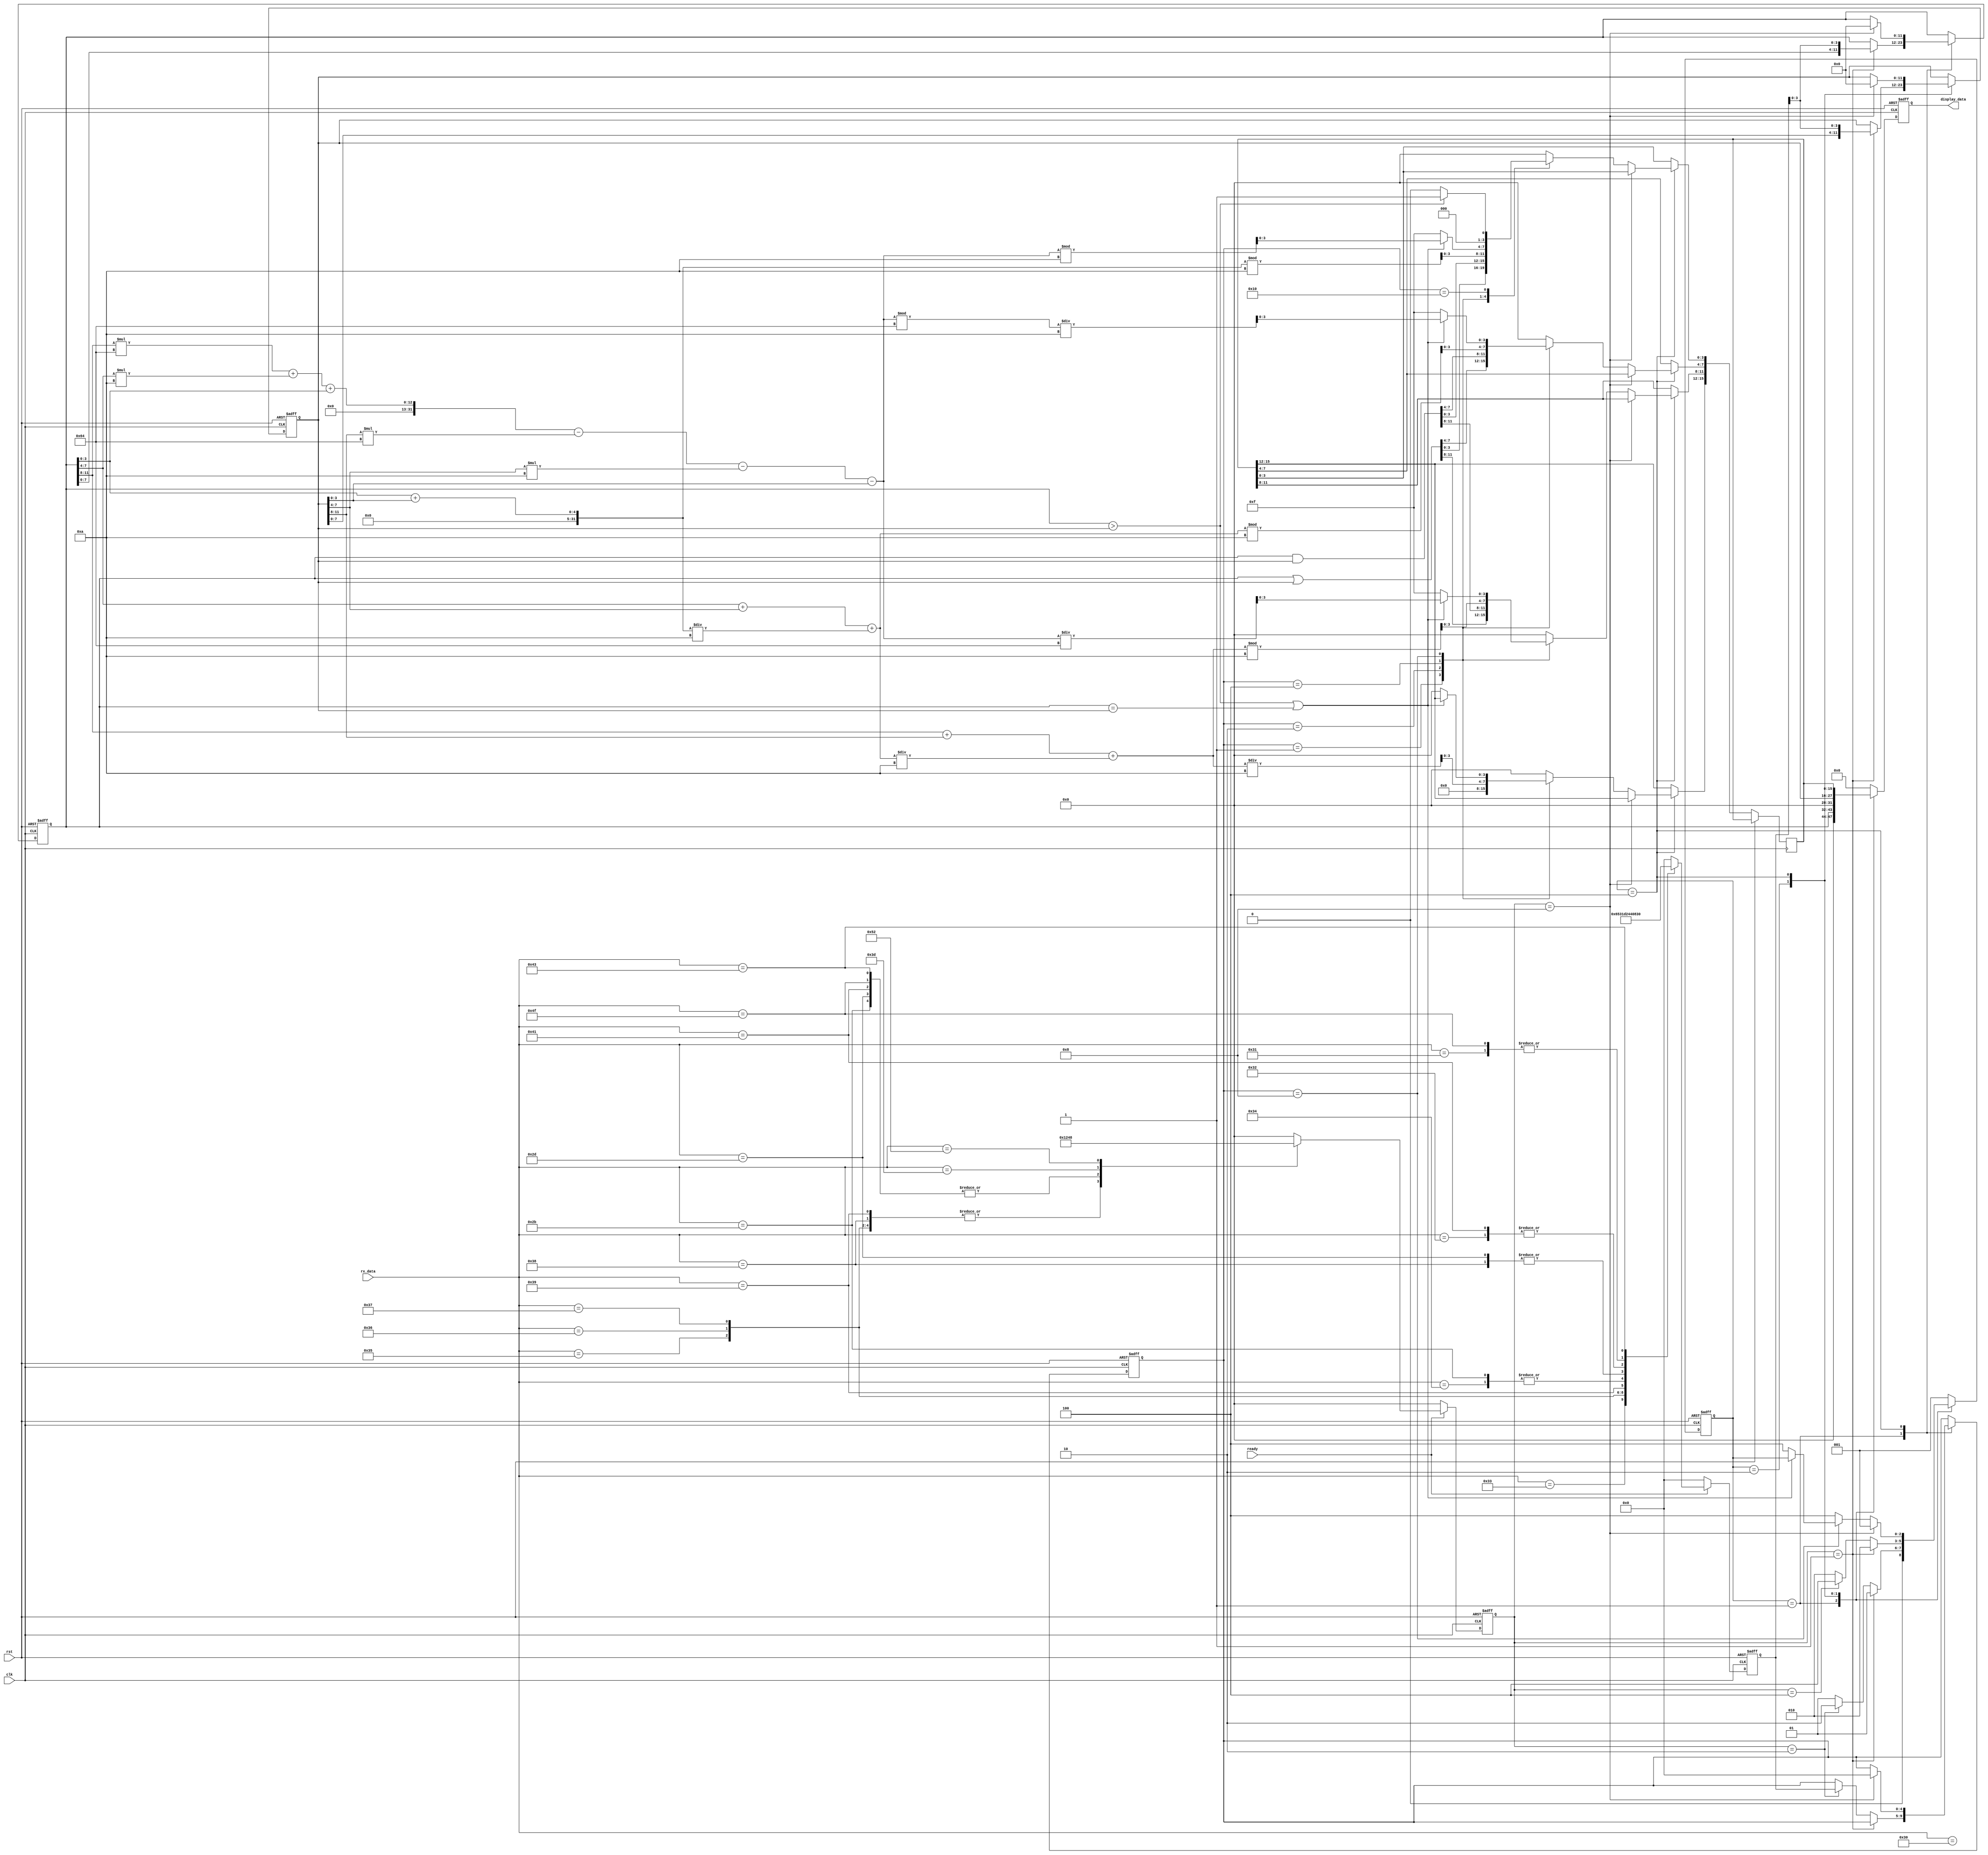
module uart_calculator (
    input clk,
    input rst,
    input ready,
    input [7:0] rx_data,
    output reg [15:0] display_data
);

    //try to use mealy machine to solve the problem
    reg [2:0] FSM_state;
    parameter FIRST = 3'b001;
    parameter SECOND = 3'b010;
    parameter RESULT = 3'b100;
    reg [4:0] operator;
    parameter OR_OPERATOR = 5'b00001;
    parameter AND_OPERATOR = 5'b00010;
    parameter ADD_OPERATOR = 5'b00100;
    parameter SUB_OPERATOR = 5'b01000;
    parameter COMPARE_OPERATOR = 5'b10000;

    reg [11:0] first_num;
    reg [11:0] second_num;
    reg [15:0] result;
    always @(posedge clk, posedge rst) begin
        if (rst) begin
            FSM_state  <= FIRST;
            operator   <= 5'b00000;
            first_num  <= 12'b0000_0000_0000;
            second_num <= 12'b0000_0000_0000;
        end else begin
            case (FSM_state)
                FIRST: begin
                    if (input_type == NUMBER) begin
                        first_num <= {first_num[7:0], input_temp[3:0]};
                        FSM_state <= FIRST;
                    end else if (input_type == OPERATOR) begin
                        operator  <= input_temp;
                        FSM_state <= SECOND;
                    end else begin
                        FSM_state <= FIRST;
                    end
                end
                SECOND: begin
                    if (input_type == NUMBER) begin
                        second_num <= {second_num[7:0], input_temp[3:0]};
                        FSM_state  <= SECOND;
                    end else if (input_type == EQUAL) begin
                        FSM_state <= RESULT;
                    end else begin
                        FSM_state <= SECOND;
                    end
                end
                RESULT: begin
                    if (input_type == RESET) begin
                        FSM_state  <= FIRST;
                        operator   <= 5'b00000;
                        first_num  <= 12'b0000_0000_0000;
                        second_num <= 12'b0000_0000_0000;
                    end else begin
                        case (operator)
                            OR_OPERATOR: begin
                                result <= first_num | second_num;
                                FSM_state <= RESULT;
                            end
                            AND_OPERATOR: begin
                                result <= first_num & second_num;
                                FSM_state <= RESULT;
                            end
                            ADD_OPERATOR: begin
                                result[3:0] <= (first_num[3:0] + second_num[3:0]) % 10;
                                result[7:4] <= (first_num[7:4] + second_num[7:4] + (first_num[3:0] + second_num[3:0])/10)%10;
                                result[11:8] <= (first_num[11:8] + second_num[11:8] + (first_num[7:4] + second_num[7:4] + (first_num[3:0] + second_num[3:0])/10)/10)%10;
                                result[15:12] <= (first_num[11:8] + second_num[11:8] + (first_num[7:4] + second_num[7:4] + (first_num[3:0] + second_num[3:0])/10)/10)/10;
                                FSM_state <= RESULT;
                            end
                            SUB_OPERATOR: begin
                                if (first_num > second_num || first_num == second_num) begin
                                    result[11:8] <= ({12'b0,first_num[11:8]}*100 + {12'b0,first_num[7:4]}*10 + {12'b0,first_num[3:0]} - {12'b0,second_num[11:8]}*100 - {12'b0,second_num[7:4]}*10 - {12'b0,second_num[3:0]})/100;
                                    result[7:4] <= ({12'b0,first_num[11:8]}*100 + {12'b0,first_num[7:4]}*10 + {12'b0,first_num[3:0]} - {12'b0,second_num[11:8]}*100 - {12'b0,second_num[7:4]}*10 - {12'b0,second_num[3:0]})%100/10;
                                    result[3:0] <= ({12'b0,first_num[11:8]}*100 + {12'b0,first_num[7:4]}*10 + {12'b0,first_num[3:0]} - {12'b0,second_num[11:8]}*100 - {12'b0,second_num[7:4]}*10 - {12'b0,second_num[3:0]})%10;

                                end else begin
                                    result <= 12'b111111111111;
                                    FSM_state <= RESULT;
                                end
                            end
                            COMPARE_OPERATOR: begin
                                if (first_num > second_num) begin
                                    result <= 12'b1;
                                end else begin
                                    result <= 12'b0;
                                end
                                FSM_state <= RESULT;
                            end
                            default: begin
                                result <= 12'b0;
                                FSM_state <= RESULT;
                            end
                        endcase
                    end
                end
                default: begin
                    FSM_state <= FIRST;
                end
            endcase
        end
    end

    //process the origin input to a simple one
    reg [3:0] input_type;
    parameter NUMBER = 4'b0001;
    parameter OPERATOR = 4'b0010;
    parameter EQUAL = 4'b0100;
    parameter RESET = 4'b1000;
    reg [4:0] input_temp;
    reg input_flag;

    always @(posedge clk, posedge rst) begin
        if (rst) begin
            input_type <= 3'b000;
            input_temp <= 5'b00000;
            input_flag <= 1'b0;
        end else if (ready) begin
            case (rx_data)
                8'd48: begin
                    input_type <= NUMBER;
                    input_temp <= 5'b00000;
                end
                8'd49: begin
                    input_type <= NUMBER;
                    input_temp <= 5'b00001;
                end
                8'd50: begin
                    input_type <= NUMBER;
                    input_temp <= 5'b00010;
                end
                8'd51: begin
                    input_type <= NUMBER;
                    input_temp <= 5'b00011;
                end
                8'd52: begin
                    input_type <= NUMBER;
                    input_temp <= 5'b00100;
                end
                8'd53: begin
                    input_type <= NUMBER;
                    input_temp <= 5'b00101;
                end
                8'd54: begin
                    input_type <= NUMBER;
                    input_temp <= 5'b00110;
                end
                8'd55: begin
                    input_type <= NUMBER;
                    input_temp <= 5'b00111;
                end
                8'd56: begin
                    input_type <= NUMBER;
                    input_temp <= 5'b01000;
                end
                8'd57: begin
                    input_type <= NUMBER;
                    input_temp <= 5'b01001;
                end
                8'd43: begin
                    input_type <= OPERATOR;
                    input_temp <= ADD_OPERATOR;
                end
                8'd45: begin
                    input_type <= OPERATOR;
                    input_temp <= SUB_OPERATOR;
                end
                8'd65: begin
                    input_type <= OPERATOR;
                    input_temp <= AND_OPERATOR;
                end
                8'd79: begin
                    input_type <= OPERATOR;
                    input_temp <= OR_OPERATOR;
                end
                8'd67: begin
                    input_type <= OPERATOR;
                    input_temp <= COMPARE_OPERATOR;
                end
                8'd61: begin
                    input_type <= EQUAL;
                    input_temp <= 5'b00000;
                end
                8'd82: begin
                    input_type <= RESET;
                    input_temp <= 5'b00000;
                end
                default: begin
                    input_type <= 3'b000;
                    input_temp <= 5'b00000;
                    input_flag <= 1'b0;
                end
            endcase
        end else begin
            input_type <= 3'b000;
            input_temp <= 5'b00000;
            input_flag <= 1'b0;
        end
    end

    //the second part of the FSM, trying to show the result according to the state
    always @(posedge clk, posedge rst) begin
        if (rst) begin
            display_data <= 16'b0000_0000_0000_0000;
        end else begin
            case (FSM_state)
                FIRST: begin
                    display_data <= first_num;
                end
                SECOND: begin
                    display_data <= second_num;
                end
                RESULT: begin
                    display_data <= result;
                end
                default: begin
                    display_data <= 16'b0000_0000_0000_0000;
                end
            endcase
        end
    end


endmodule